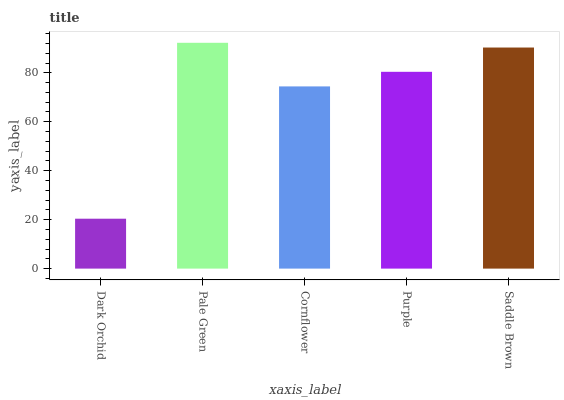
| xaxis_label | bars |
 | --- | --- |
 | Dark Orchid | 20.4 |
 | Pale Green | 92.3 |
 | Cornflower | 74.4 |
 | Purple | 80.4 |
 | Saddle Brown | 90.3 |